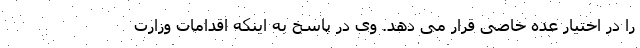
را در اختیار عده خاصی قرار می دهد. وی در پاسخ به اینکه اقدامات وزارت